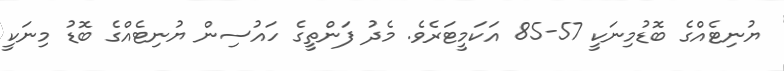
ޔުނިޓެއްގެ ބޮޑުމިނަކީ 57-85 އަކަމީޓަރެވެ. މެދު ފަންތީގެ ހައުސިން ޔުނިޓެއްގެ ބޮޑު މިނަކީ